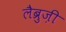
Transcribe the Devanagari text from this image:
लैब्रुज़ी